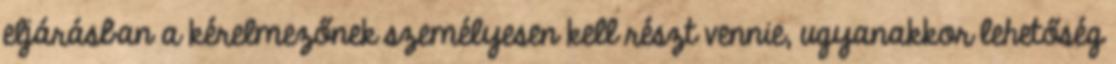
eljárásban a kérelmezőnek személyesen kell részt vennie, ugyanakkor lehetőség